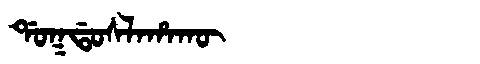
Manchu: ᡩᠣᡴᡩᠣᠰᠯᠠᡥᠠᡴᡡ
Romanization: DOKDOSLAHAKŪ